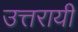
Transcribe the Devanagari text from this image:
उत्तरायी